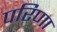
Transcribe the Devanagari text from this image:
परिणा